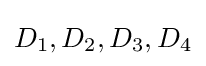
D_{1},D_{2},D_{3},D_{4}